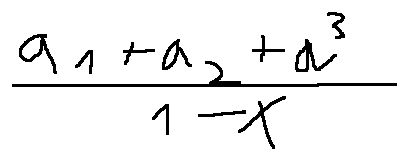
\frac { a _ { 1 } + a _ { 2 } + a ^ { 3 } } { 1 - x }